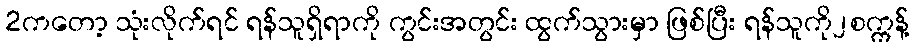
2ကတော့ သုံးလိုက်ရင် ရန်သူရှိရာကို ကွင်းအတွင်း ထွက်သွားမှာ ဖြစ်ပြီး ရန်သူကို၂စက္ကန့်